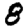
Digit: 8